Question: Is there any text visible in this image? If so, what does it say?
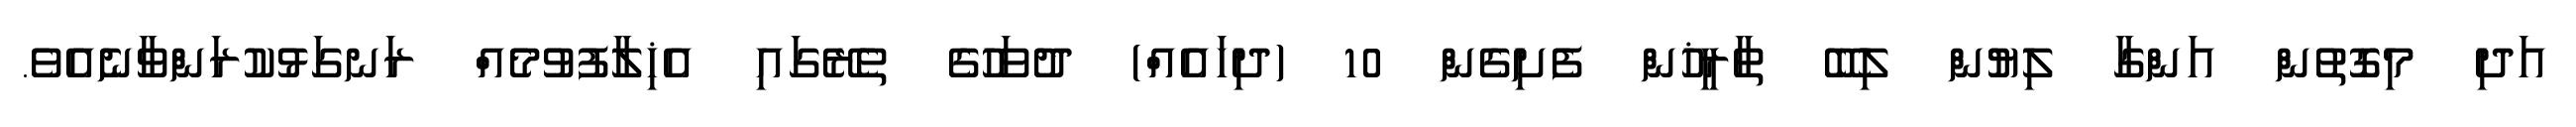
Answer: އަދި މިގޮތުން އަންގާ ލިޔުން ލިބޭ ތާރީޚުން ފެށިގެން 10 (ދިހައެއް) ދުވަހުގެ ތެރޭގައި އެޚިލާފުވުމެއް ރަނގަޅުކުރަންވާނެއެވެ.